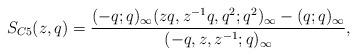
LaTeX: \begin{align*}S_{C5}(z,q)=\frac{(-q;q)_\infty (zq,z^{-1}q,q^2;q^2)_{\infty}-(q;q)_\infty}{(-q,z,z^{-1};q)_\infty},\end{align*}